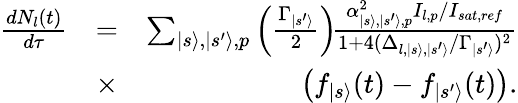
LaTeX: \begin{array}{rlr}{\frac{dN_{l}(t)}{d\tau}}&{=}&{\sum_{|s\rangle,|s^{\prime}\rangle,p}\left({\frac{\Gamma_{|s^{\prime}\rangle}}{2}}\right)\! {\frac{\alpha_{|s\rangle,|s^{\prime}\rangle,p}^{2}I_{l,p}/I_{sat,ref}}{1+4(\Delta_{l,|s\rangle,|s^{\prime}\rangle}/\Gamma_{|s^{\prime}\rangle})^{2}}}}\\ &{\times}&{\left(f_{|s\rangle}(t)-f_{|s^{\prime}\rangle}(t)\right).}\end{array}